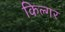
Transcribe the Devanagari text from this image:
किल्‍गर